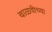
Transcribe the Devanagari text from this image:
वाळवीच्या